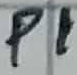
Text: P1